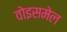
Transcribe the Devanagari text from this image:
वोइसमेल